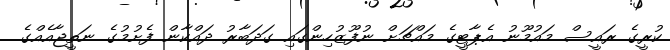
ކުރީގެ ރައީސް މައުމޫނު އެޕާޓީގެ މައްޗަށް ނުފޫޒުހިންގައި ގަދަބާރު ދައްކާން ފެށުމުގެ ނަތީޖާއެއްގެ